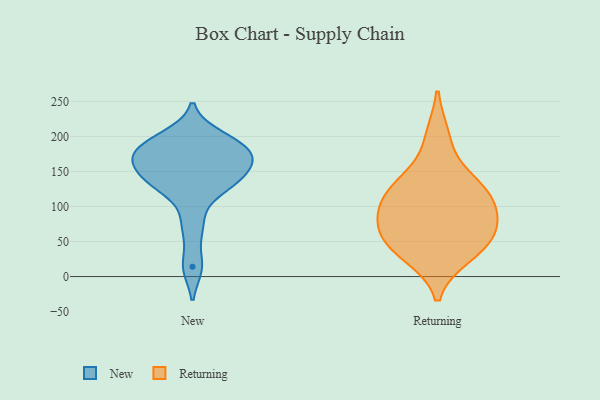
{"axis": {"x": "Customer Acquisition Cost (USD)", "y": "Value"}, "legend": ["New", "Returning"], "data": [{"x": "", "y": 188, "type": "New"}, {"x": "", "y": 167, "type": "New"}, {"x": "", "y": 187, "type": "New"}, {"x": "", "y": 135, "type": "New"}, {"x": "", "y": 172, "type": "New"}, {"x": "", "y": 125, "type": "New"}, {"x": "", "y": 200, "type": "New"}, {"x": "", "y": 168, "type": "New"}, {"x": "", "y": 152, "type": "New"}, {"x": "", "y": 136, "type": "New"}, {"x": "", "y": 73, "type": "New"}, {"x": "", "y": 14, "type": "New"}, {"x": "", "y": 80, "type": "Returning"}, {"x": "", "y": 130, "type": "Returning"}, {"x": "", "y": 31, "type": "Returning"}, {"x": "", "y": 64, "type": "Returning"}, {"x": "", "y": 86, "type": "Returning"}, {"x": "", "y": 100, "type": "Returning"}, {"x": "", "y": 199, "type": "Returning"}, {"x": "", "y": 41, "type": "Returning"}, {"x": "", "y": 123, "type": "Returning"}, {"x": "", "y": 131, "type": "Returning"}, {"x": "", "y": 48, "type": "Returning"}]}